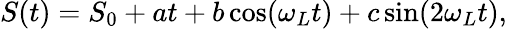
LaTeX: S(t)=S_{0}+at+b\cos(\omega_{L}t)+c\sin(2\omega_{L}t),